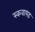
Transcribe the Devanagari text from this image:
स्कवायड